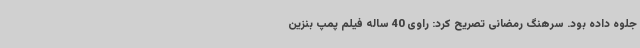
جلوه داده بود. سرهنگ رمضانی تصریح کرد: راوی 40 ساله فیلم پمپ بنزین